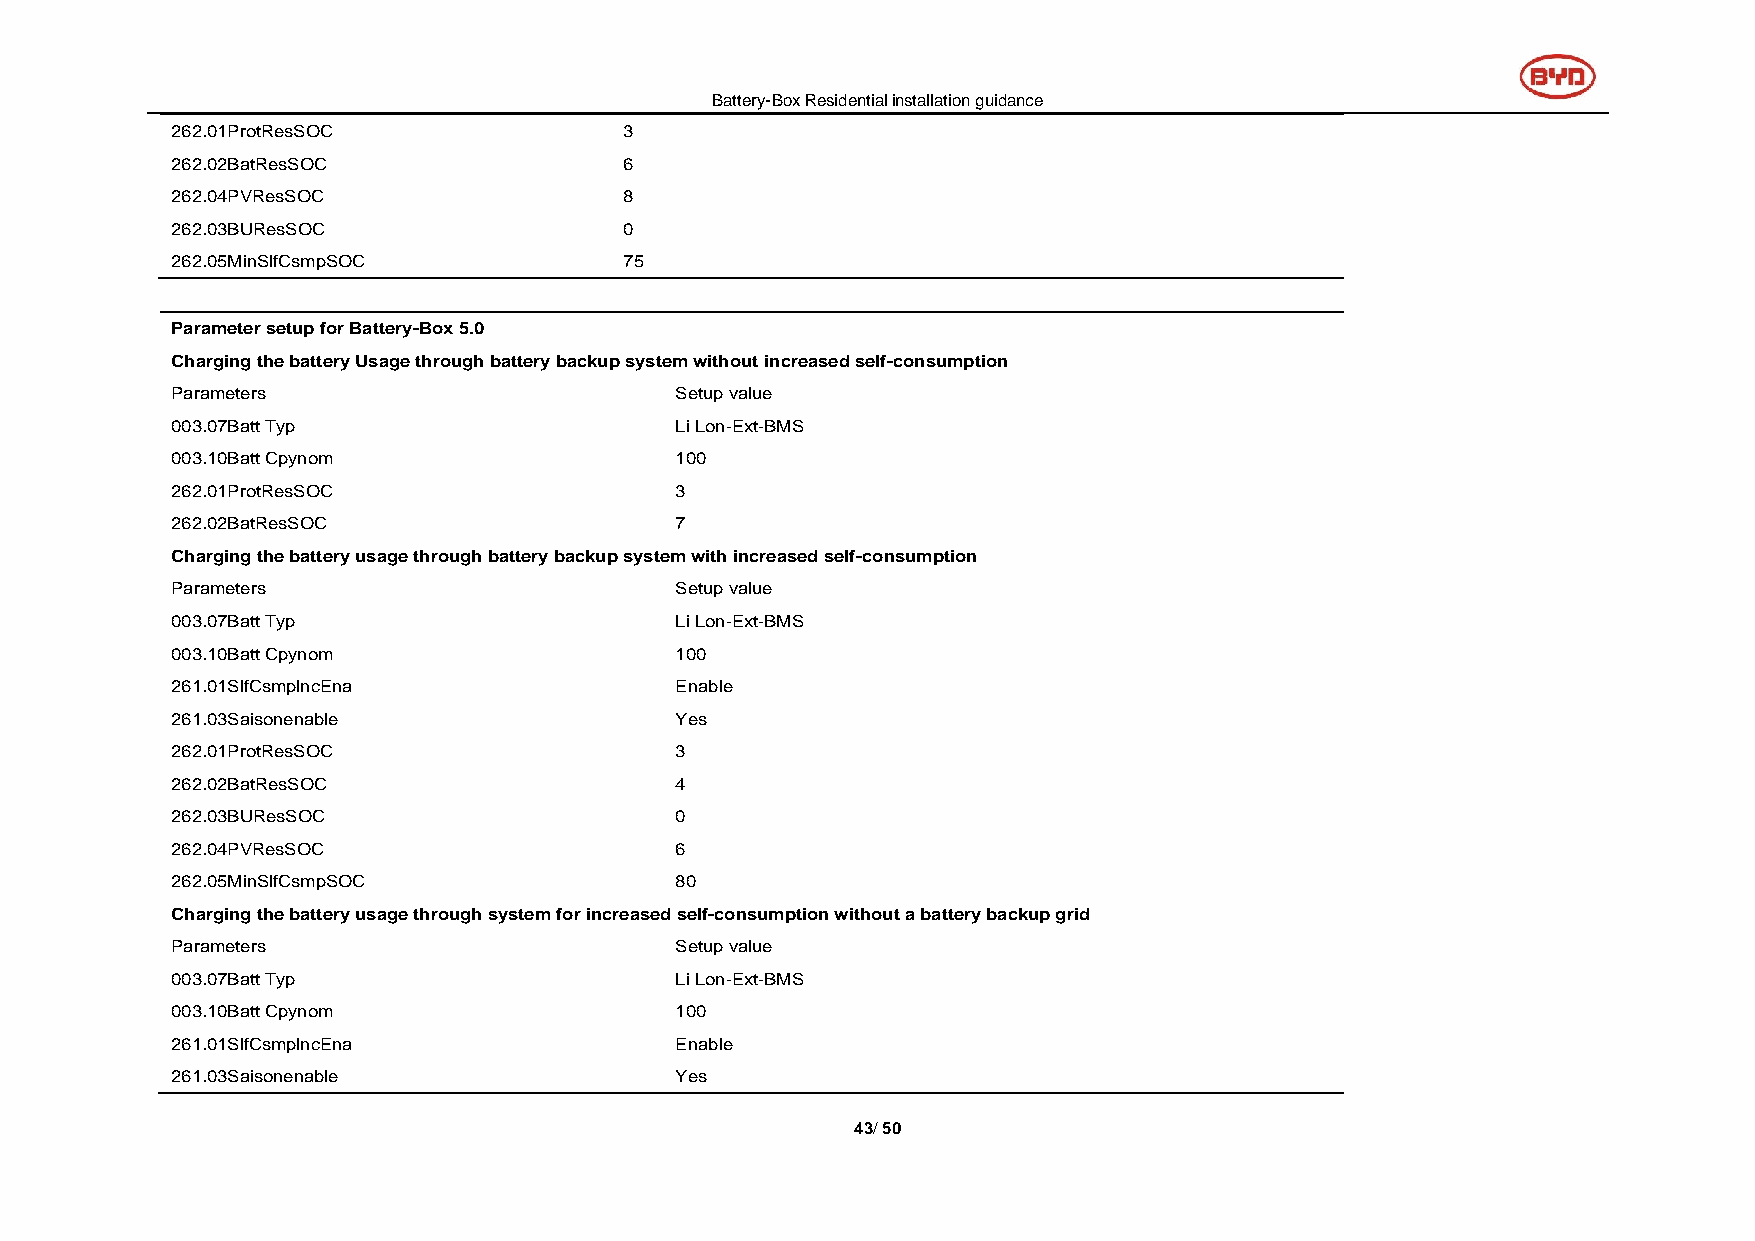
Battery-Box Residential installation guidance
 262.01ProtResSOC              3
 262.02BatResSOC               6
 262.04PVResSOC                8
 262.03BUResSOC                0
 262.05MinSlfCsmpSOC           75
 Parameter setup for Battery-Box 5.0
 Charging the battery Usage through battery backup system without increased self-consumption
 Parameters                        Setup value
 003.07Batt Typ                    Li Lon-Ext-BMS
 003.10Batt Cpynom                 100
 262.01ProtResSOC                  3
 262.02BatResSOC                   7
 Charging the battery usage through battery backup system with increased self-consumption
 Parameters                        Setup value
 003.07Batt Typ                    Li Lon-Ext-BMS
 003.10Batt Cpynom                 100
 261.01SlfCsmplncEna               Enable
 261.03Saisonenable                Yes
 262.01ProtResSOC                  3
 262.02BatResSOC                   4
 262.03BUResSOC                    0
 262.04PVResSOC                    6
 262.05MinSlfCsmpSOC               80
 Charging the battery usage through system for increased self-consumption without a battery backup grid
 Parameters                        Setup value
 003.07Batt Typ                    Li Lon-Ext-BMS
 003.10Batt Cpynom                 100
 261.01SlfCsmplncEna               Enable
 261.03Saisonenable                Yes
 43/ 50